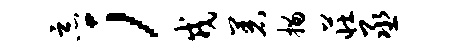
恶；戎着描庄丞